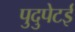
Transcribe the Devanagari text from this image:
पुदुपेटई